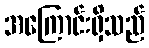
အကြောင်းရှိသည်